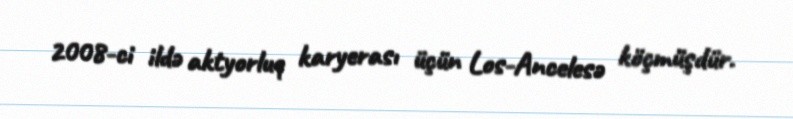
2008-ci ildə aktyorluq karyerası üçün Los-Ancelesə köçmüşdür.